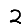
Digit: 2